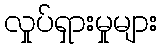
လှုပ်ရှားမှုများ